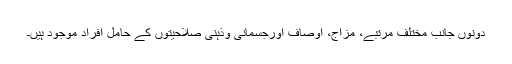
دونوں جانب مختلف مرتبے، مزاج، اوصاف اورجسمانی وذہنی صلاحیتوں کے حامل افراد موجود ہیں۔